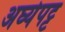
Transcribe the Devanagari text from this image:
अर्घ्यपट्ट